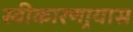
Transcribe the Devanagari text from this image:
स्वीकारणार्‍यास